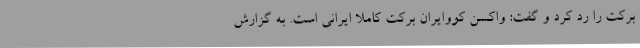
برکت را رد کرد و گفت: واکسن کووایران برکت کاملا ایرانی است. به گزارش